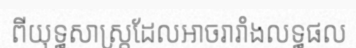
ពីយុទ្ធសាស្ត្រដែលអាចរារាំងលទ្ធផល